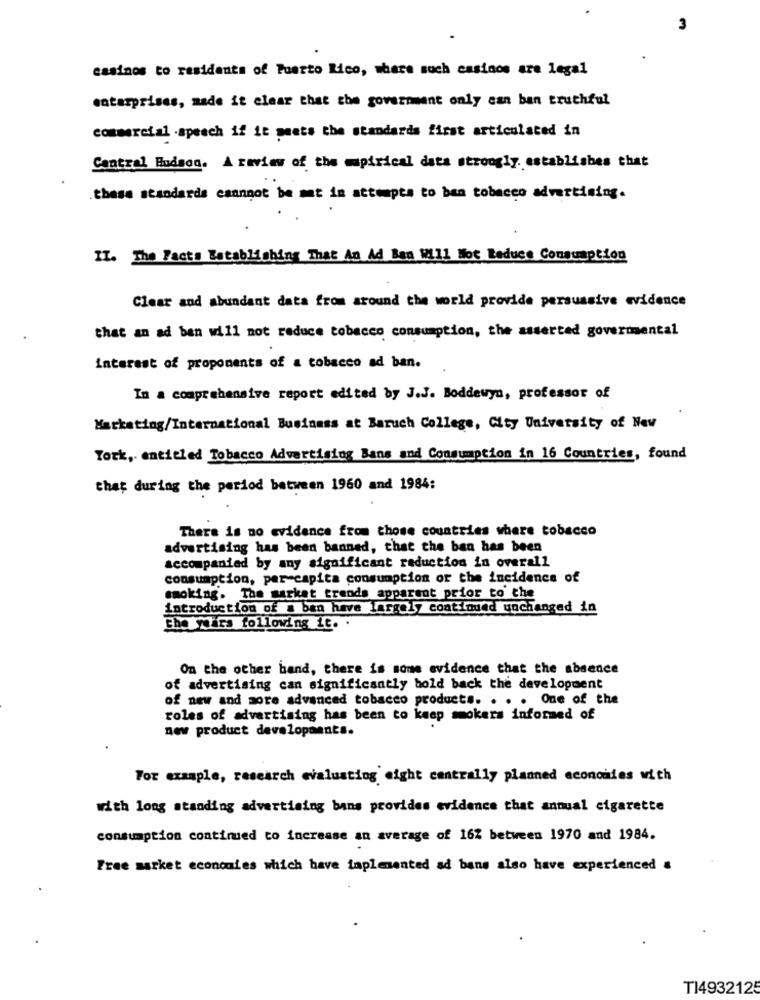
3
casinos to residents of Puerto Rico, share such casinos are legal
catarprises, made it clear that the government only can ban truthful
commercial .speech if it meets the standards first articulated in
Central Hudson. A review of the mupirical data strongly. establishes that
.these standards canngot be mat in attempts to ban tobacco advertising.
II. The Facts Establishing That An Ad Ban Will Not Reduce Consumption
Clear and abundant data from around the world provide persuasive evidence
that an ad ban will not reduce tobacco consumption, the asserted govermental
interest of proponents of a tobacco ad ban.
In a comprehensive report edited by J.J. Boddewyn, professor of
Marketing/International Business at Baruch College, City University of New
York, entitled Tobacco Advertising Bans and Consumption in 16 Countries, found
that during the period between 1960 and 1984:
There is no evidence from those countries where tobacco
advertising has been banned, that the ban has been
accompanied by any significant reduction in overall
consumption, per-capita consumption of the incidence of
smoking. The market trends apparaat prior to the
introduction of a ban have largely continued unchanged in
The years following it. .
On the other hand, there is some evidence that the absence
of advertising can significantly bold back the development
of new and more advanced tobacco products. . . . One of the
roles of advertising has been to keep mokers informed of
new product developments.
For example, research evaluating eight centrally planned economies with
with long standing advertising bans provides evidence that annual cigarette
consumption continued to increase an average of 16% between 1970 and 1984.
Free market economies which have implemented ad bans also have experienced a
T14932125